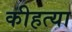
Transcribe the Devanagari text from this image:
कीहत्या